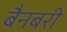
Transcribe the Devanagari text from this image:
बैनबरी